Report of the Indian Hemp Drugs Commission, 1894-1895 - Volume II
Year: 1894
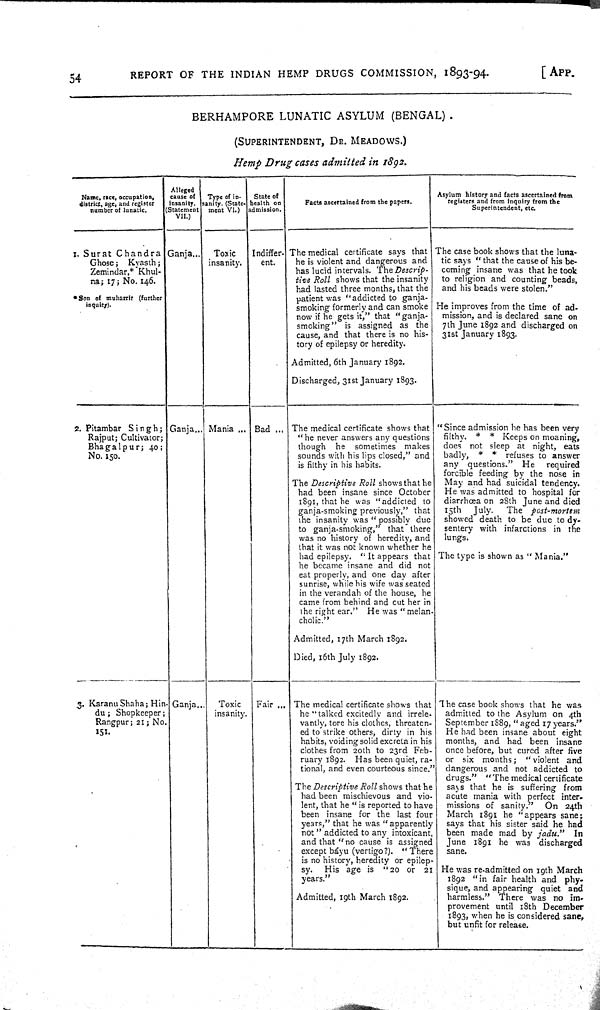
54
REPORT
OF THE
INDIAN
HEMP
DRUGS
COMMISSION,
1893-94.
[APP.
BERHAMPORE LUNATIC ASYLUM
(BENGAL).
(SUPERINTENDENT, DR. MEADOWS.)
Hemp
Drug
eases admitted
in
1892.
Name, race, occupation,
district, age, and register
number of lunatic.
Alleged
cause of
insanity.
(Statement
VII.)
Type of in-
sanity. (State-
ment VI.)
State of
health on
admission.
Facts ascertained from the papers.
Asylum history and facts ascertained from
registers and from Inquiry from the
Superintendent, etc.
I. Surat
Chandra
Ghose; Kyasth;
Zemindar,* Khul-
na; 17; No. 146.
* Son of muharrir (further
inquiry).
Ganja
Toxic
insanity.
Indiffer-
ent.
The medical certificate says that
he is violent and dangerous and
has lucid intervals.
The
Descrip-
tive Roll
shows that the insanity
had lasted three months, that the
patient was "addicted to ganja-
smoking formerly and can smoke
now if he gets it," that "ganja-
smoking"
is assigned as
the
cause, and that there is no his-
tory of epilepsy or heredity.
Admitted, 6th January 1892.
Discharged, 31st January 1893.
The case book shows that the luna-
tic says "that the cause of his be-
coming insane was that he took
to religion and counting beads,
and his beads were stolen."
He improves from the time of ad-
mission, and is declared sane on
7th June 1892 and discharged on
31st January 1893.
2. Pitambar
Singh;
Rajput; Cultivator
Bhagalpur; 40;
No. 150.
Ganja
Mania
Bad
The medical certificate shows that
"he never answers any questions
though
he
sometimes
makes
sounds with his lips closed," and
is filthy in his habits.
The Descriptive
Roll shows that he
had been insane since October
1891, that he was "addicted to
ganja-smoking previously," that
the insanity was "possibly due
to ganja-smoking," that there
was no history of heredity, and
that it was not known whether he
had epilepsy.
"It appears that
he became insane and did not
eat properly, and one day after
sunrise, while his wife was seated
in the verandah of the house, he
came from behind and cut her in
the right ear."
He was "melan-
cholic."
Admitted, 17th March 1892.
Died, 16th July 1892.
"Since admission he has been very
filthy.
*
*
Keeps on moaning,
does not sleep at night, eats
badly,
*
*
refuses to answer
any
questions."
He
required
forcible feeding by the nose in
May and had suicidal tendency.
He was admitted to hospital for
diarrhoea on 28th June and died
15th
July.
The
post-mortem
showed death to be due to dy-
sentery with infarctions in the
lungs.
The type is shown as "Mania."
3. Karanu Shaha;
Hin-
du; Shopkeeper;
Rangpur; 21; No.
151.
Ganja.
Toxic
insanity.
Fair
The medical certificate shows that
he "talked excitedly and irrele-
vantly, tore his clothes, threaten-
ed to strike others, dirty in his
habits, voiding solid excreta in his
clothes from 20th to 23rd Feb-
ruary 1892.
Has been quiet, ra-
tional, and even courteous since."
The Descriptive
Roll shows that he
had been mischievous and vio-
lent, that he "is reported to have
been insane for the last four
years," that he was "apparently
not" addicted to any intoxicant,
and that "no cause is assigned
except bayu (vertigo?).
"There
is no history, heredity or epilep-
sy.
His age is
"20 or
21
years."
Admitted, 19th March 1892.
The case book shows that he was
admitted to the Asylum on 4th
September 1889, "aged 17 years."
He had been insane about eight
months, and had been
insane
once before, but cured after
five
or
six months;
"violent
and
dangerous and not addicted to
drugs."
"The medical certificate
says that he is suffering
from
acute mania with perfect inter-
missions of sanity.
On
24th
March 1891 he "appears sane;
says that his sister said he had
been made mad by jadu."
In
June 1891 he was
discharged
sane.
He was re-admitted on 19th March
1892 "in fair health and
phy-
sique, and appearing quiet
and
harmless."
There was no im-
provement until 18th December
1893, when he is considered sane,
but unfit for release.